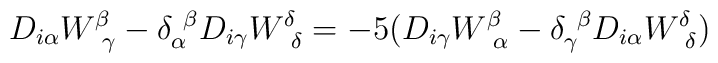
D_{i\alpha}W^{\beta}_{~\gamma}-\delta_{\alpha}^{~\beta}D_{i\gamma}W^{\delta}_{~\delta}=-5(D_{i\gamma}W^{\beta}_{~\alpha}-\delta_{\gamma}^{~\beta}D_{i\alpha}W^{\delta}_{~\delta})